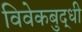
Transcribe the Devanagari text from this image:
विवेकबुद्धी